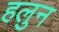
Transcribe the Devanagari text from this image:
हलुन